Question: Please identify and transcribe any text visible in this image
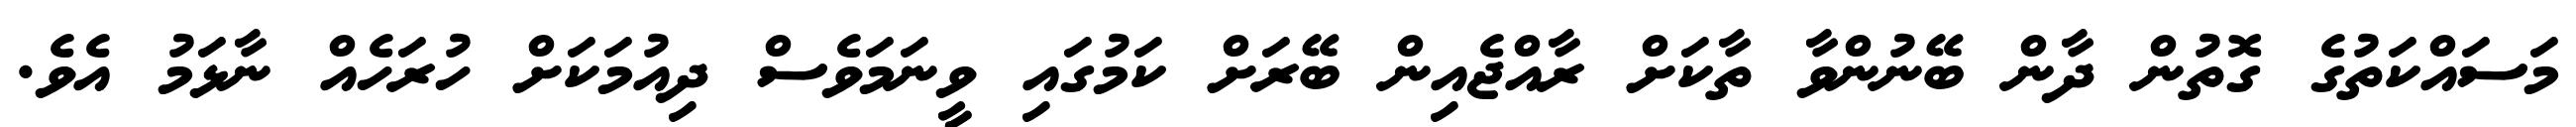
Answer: މަސައްކަތުގެ ގޮތުން ދާން ބޭނުންވާ ތާކަށް ރާއްޖެއިން ބޭރަށް ކަމުގައި ވީނަމަވެސް ދިއުމަކަށް ހުރަހެއް ނާޅަމު އެވެ.